Plague in India, 1896, 1897 - Volume 1
Year: 1896
Disease focus: Plague
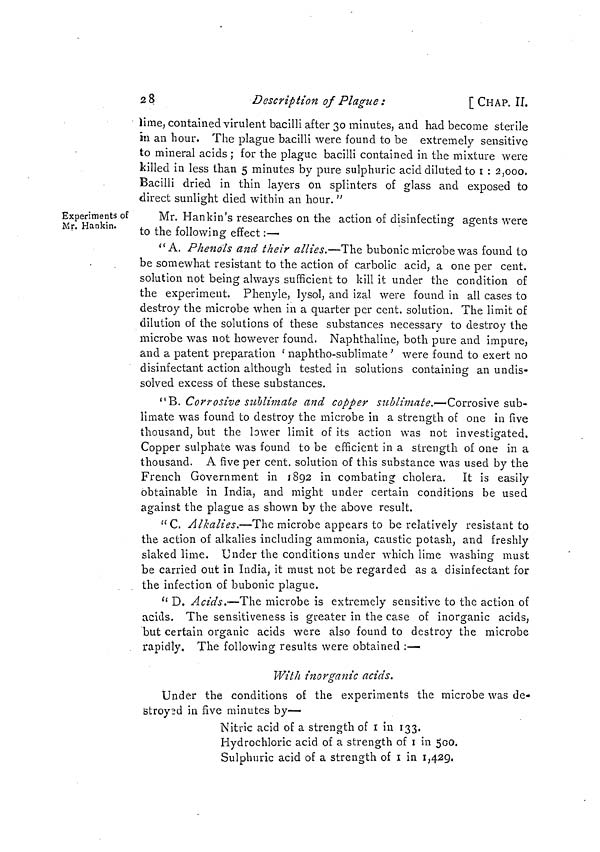
28
Description of Plague :
[ CHAP. II.
lime, contained virulent bacilli after 30 minutes, and had become sterile
in an hour. The plague bacilli were found to be extremely sensitive
to mineral acids ; for the plague bacilli contained in the mixture were
killed in less than 5 minutes by pure sulphuric acid diluted to 1 : 2,000.
Bacilli dried in thin layers on splinters of glass and exposed to
direct sunlight died within an hour. "
Experiments of
Mr. Hankin.
Mr. Hankin's researches on the action of disinfecting agents were
to the following effect :—
" A. Phenols and their allies.—The bubonic microbe was found to
be somewhat resistant to the action of carbolic acid, a one per cent.
solution not being always sufficient to kill it under the condition of
the experiment. Phenyle, lysol, and izal were found in all cases to
destroy the microbe when in a quarter per cent. solution. The limit of
dilution of the solutions of these substances necessary to destroy the
microbe was not however found. Naphthaline, both pure and impure,
and a patent preparation ' naphtho-sublimate ' were found to exert no
disinfectant action although tested in solutions containing an undis-
solved excess of these substances.
" B. Corrosive sublimate and copper sublimate.—Corrosive sub-
limate was found to destroy the microbe in a strength of one in five
thousand, but the lower limit of its action was not investigated.
Copper sulphate was found to be efficient in a strength of one in a
thousand. A five per cent. solution of this substance was used by the
French Government in 1892 in combating cholera. It is easily
obtainable in India, and might under certain conditions be used
against the plague as shown by the above result.
" C. Alkalies.—The microbe appears to be relatively resistant to
the action of alkalies including ammonia, caustic potash, and freshly
slaked lime. Under the conditions under which lime washing must
be carried out in India, it must not be regarded as a disinfectant for
the infection of bubonic plague.
" D. Acids.—The microbe is extremely sensitive to the action of
acids. The sensitiveness is greater in the case of inorganic acids,
but certain organic acids were also found to destroy the microbe
rapidly. The following results were obtained :—
With inorganic acids.
Under the conditions of the experiments the microbe was de-
stroyed in five minutes by-
Nitric acid of a strength of 1 in 133.
Hydrochloric acid of a strength of 1 in 500.
Sulphuric acid of a strength of 1 in 1,429.